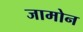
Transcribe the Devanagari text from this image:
जामोन